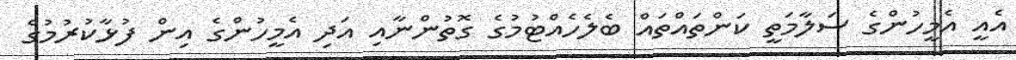
އެއީ އެމީހުންގެ ސަލާމަތީ ކަންތައްތައް ބެލެހެއްޓުމުގެ ގޮތުންނާއި އަދި އެމީހުންގެ އިން ފުޅާކުރުމުގެ